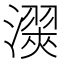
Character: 㵤